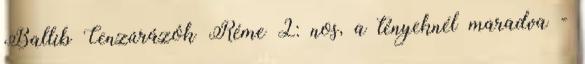
Ballib Cenzúrázók Réme 2: nos, a tényeknél maradva -